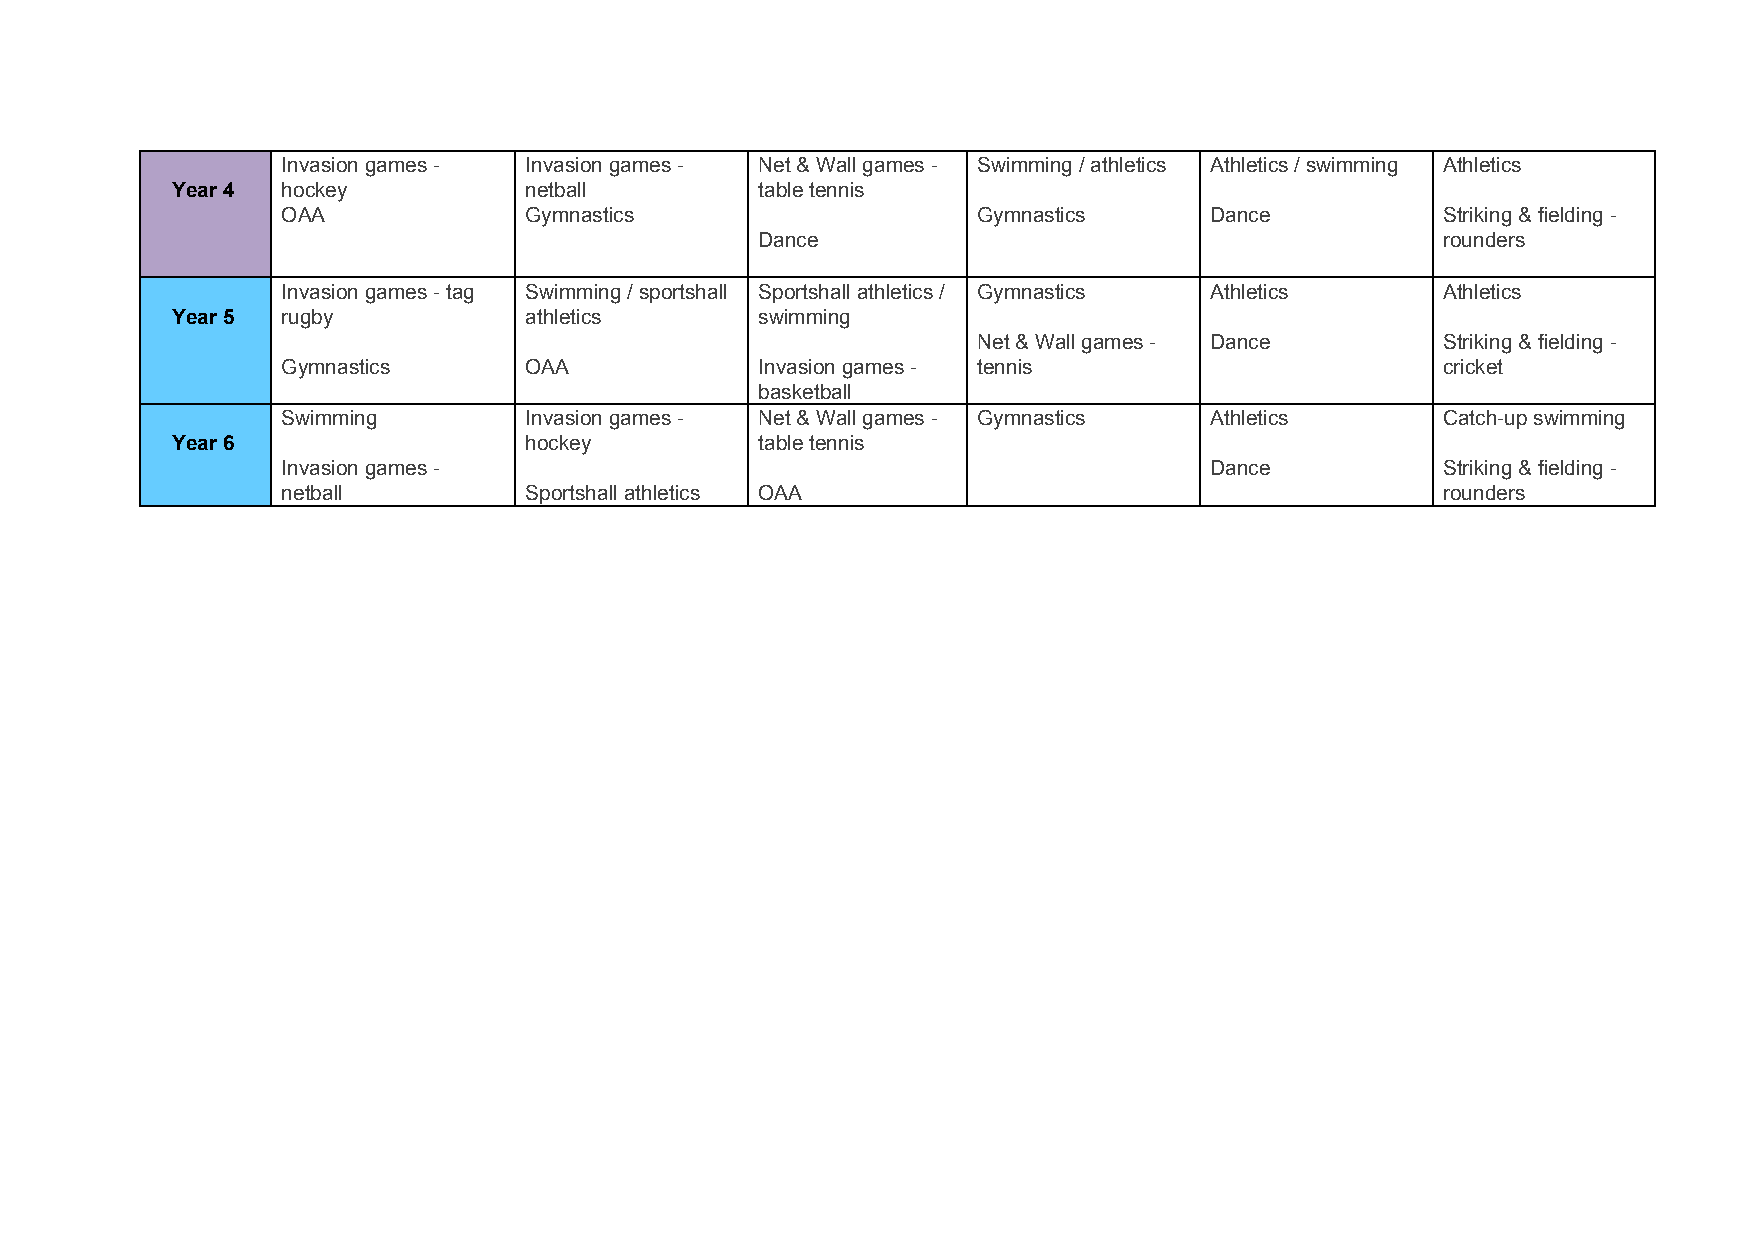
Invasion games - Invasion games - Net & Wall games - Swimming / athletics Athletics / swimming Athletics
 Year 4  hockey          netball        table tennis
 OAA             Gymnastics                    Gymnastics     Dance          Striking & fielding -
 Dance                                        rounders
 Invasion games - tag Swimming / sportshall Sportshall athletics / Gymnastics Athletics Athletics
 Year 5  rugby           athletics      swimming
 Net & Wall games - Dance      Striking & fielding -
 Gymnastics      OAA            Invasion games - tennis                      cricket
 basketball
 Swimming        Invasion games - Net & Wall games - Gymnastics Athletics    Catch-up swimming
 Year 6                  hockey         table tennis
 Invasion games -                                             Dance          Striking & fielding -
 netball         Sportshall athletics OAA                                    rounders